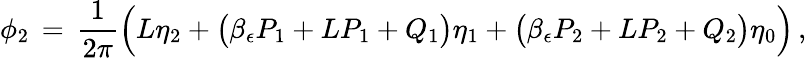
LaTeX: \phi_{2}\, =\, \frac{1}{2\pi}\Bigl(L\eta_{2}+\bigl(\beta_{\epsilon}P_{1}+LP_{1}+Q_{1}\bigr)\eta_{1}+\bigl(\beta_{\epsilon}P_{2}+LP_{2}+Q_{2}\bigr)\eta_{0}\Bigr)\, ,